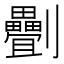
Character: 𠠯